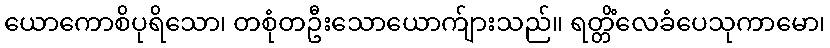
ယောကောစိပုရိသော၊ တစုံတဦးသောယောက်ျားသည်။ ရတ္တိံလေခံပေသုကာမော၊